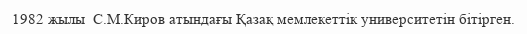
1982 жылы  С.М.Киров атындағы Қазақ мемлекеттік университетін бітірген.